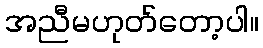
အညီမဟုတ်တော့ပါ။